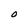
Character: O